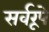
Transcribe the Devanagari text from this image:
सर्वरूपे